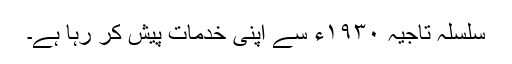
سلسلہ تاجیہ ١٩٣٠ء سے اپنی خدمات پیش کر رہا ہے۔